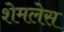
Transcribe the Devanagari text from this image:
शेमलेस